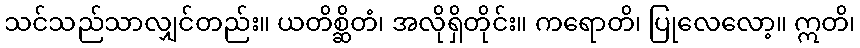
သင်သည်သာလျှင်တည်း။ ယတိစ္ဆိတံ၊ အလိုရှိတိုင်း။ ကရောတိ၊ ပြုလေလော့။ ဣတိ၊